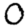
Digit: 0